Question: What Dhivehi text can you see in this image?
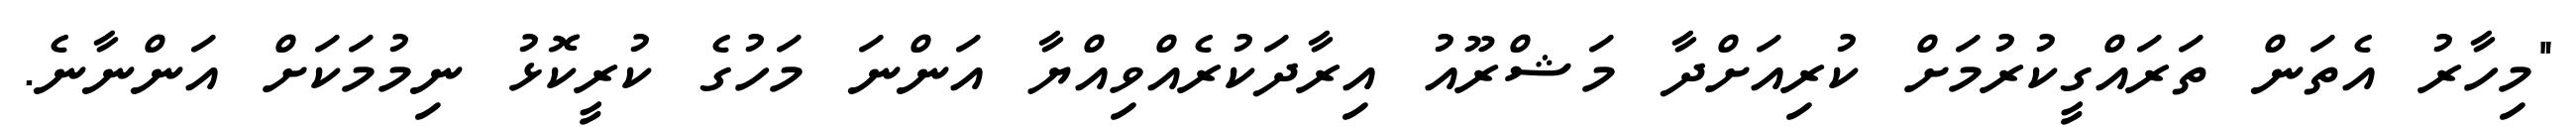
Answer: "މިހާރު އެތަން ތަރައްގީކުރުމަށް ކުރިއަށްދާ މަޝްރޫއު އިރާދަކުރެއްވިއްޔާ އަންނަ މަހުގެ ކުރީކޮޅު ނިމުމަކަށް އަންނާނެ.